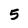
Character: 5